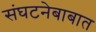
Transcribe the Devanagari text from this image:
संघटनेबाबात